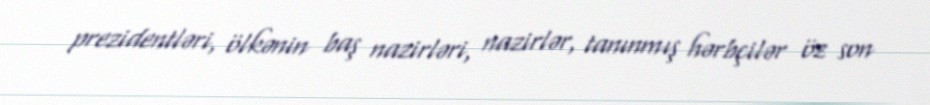
prezidentləri, ölkənin baş nazirləri, nazirlər, tanınmış hərbçilər öz son